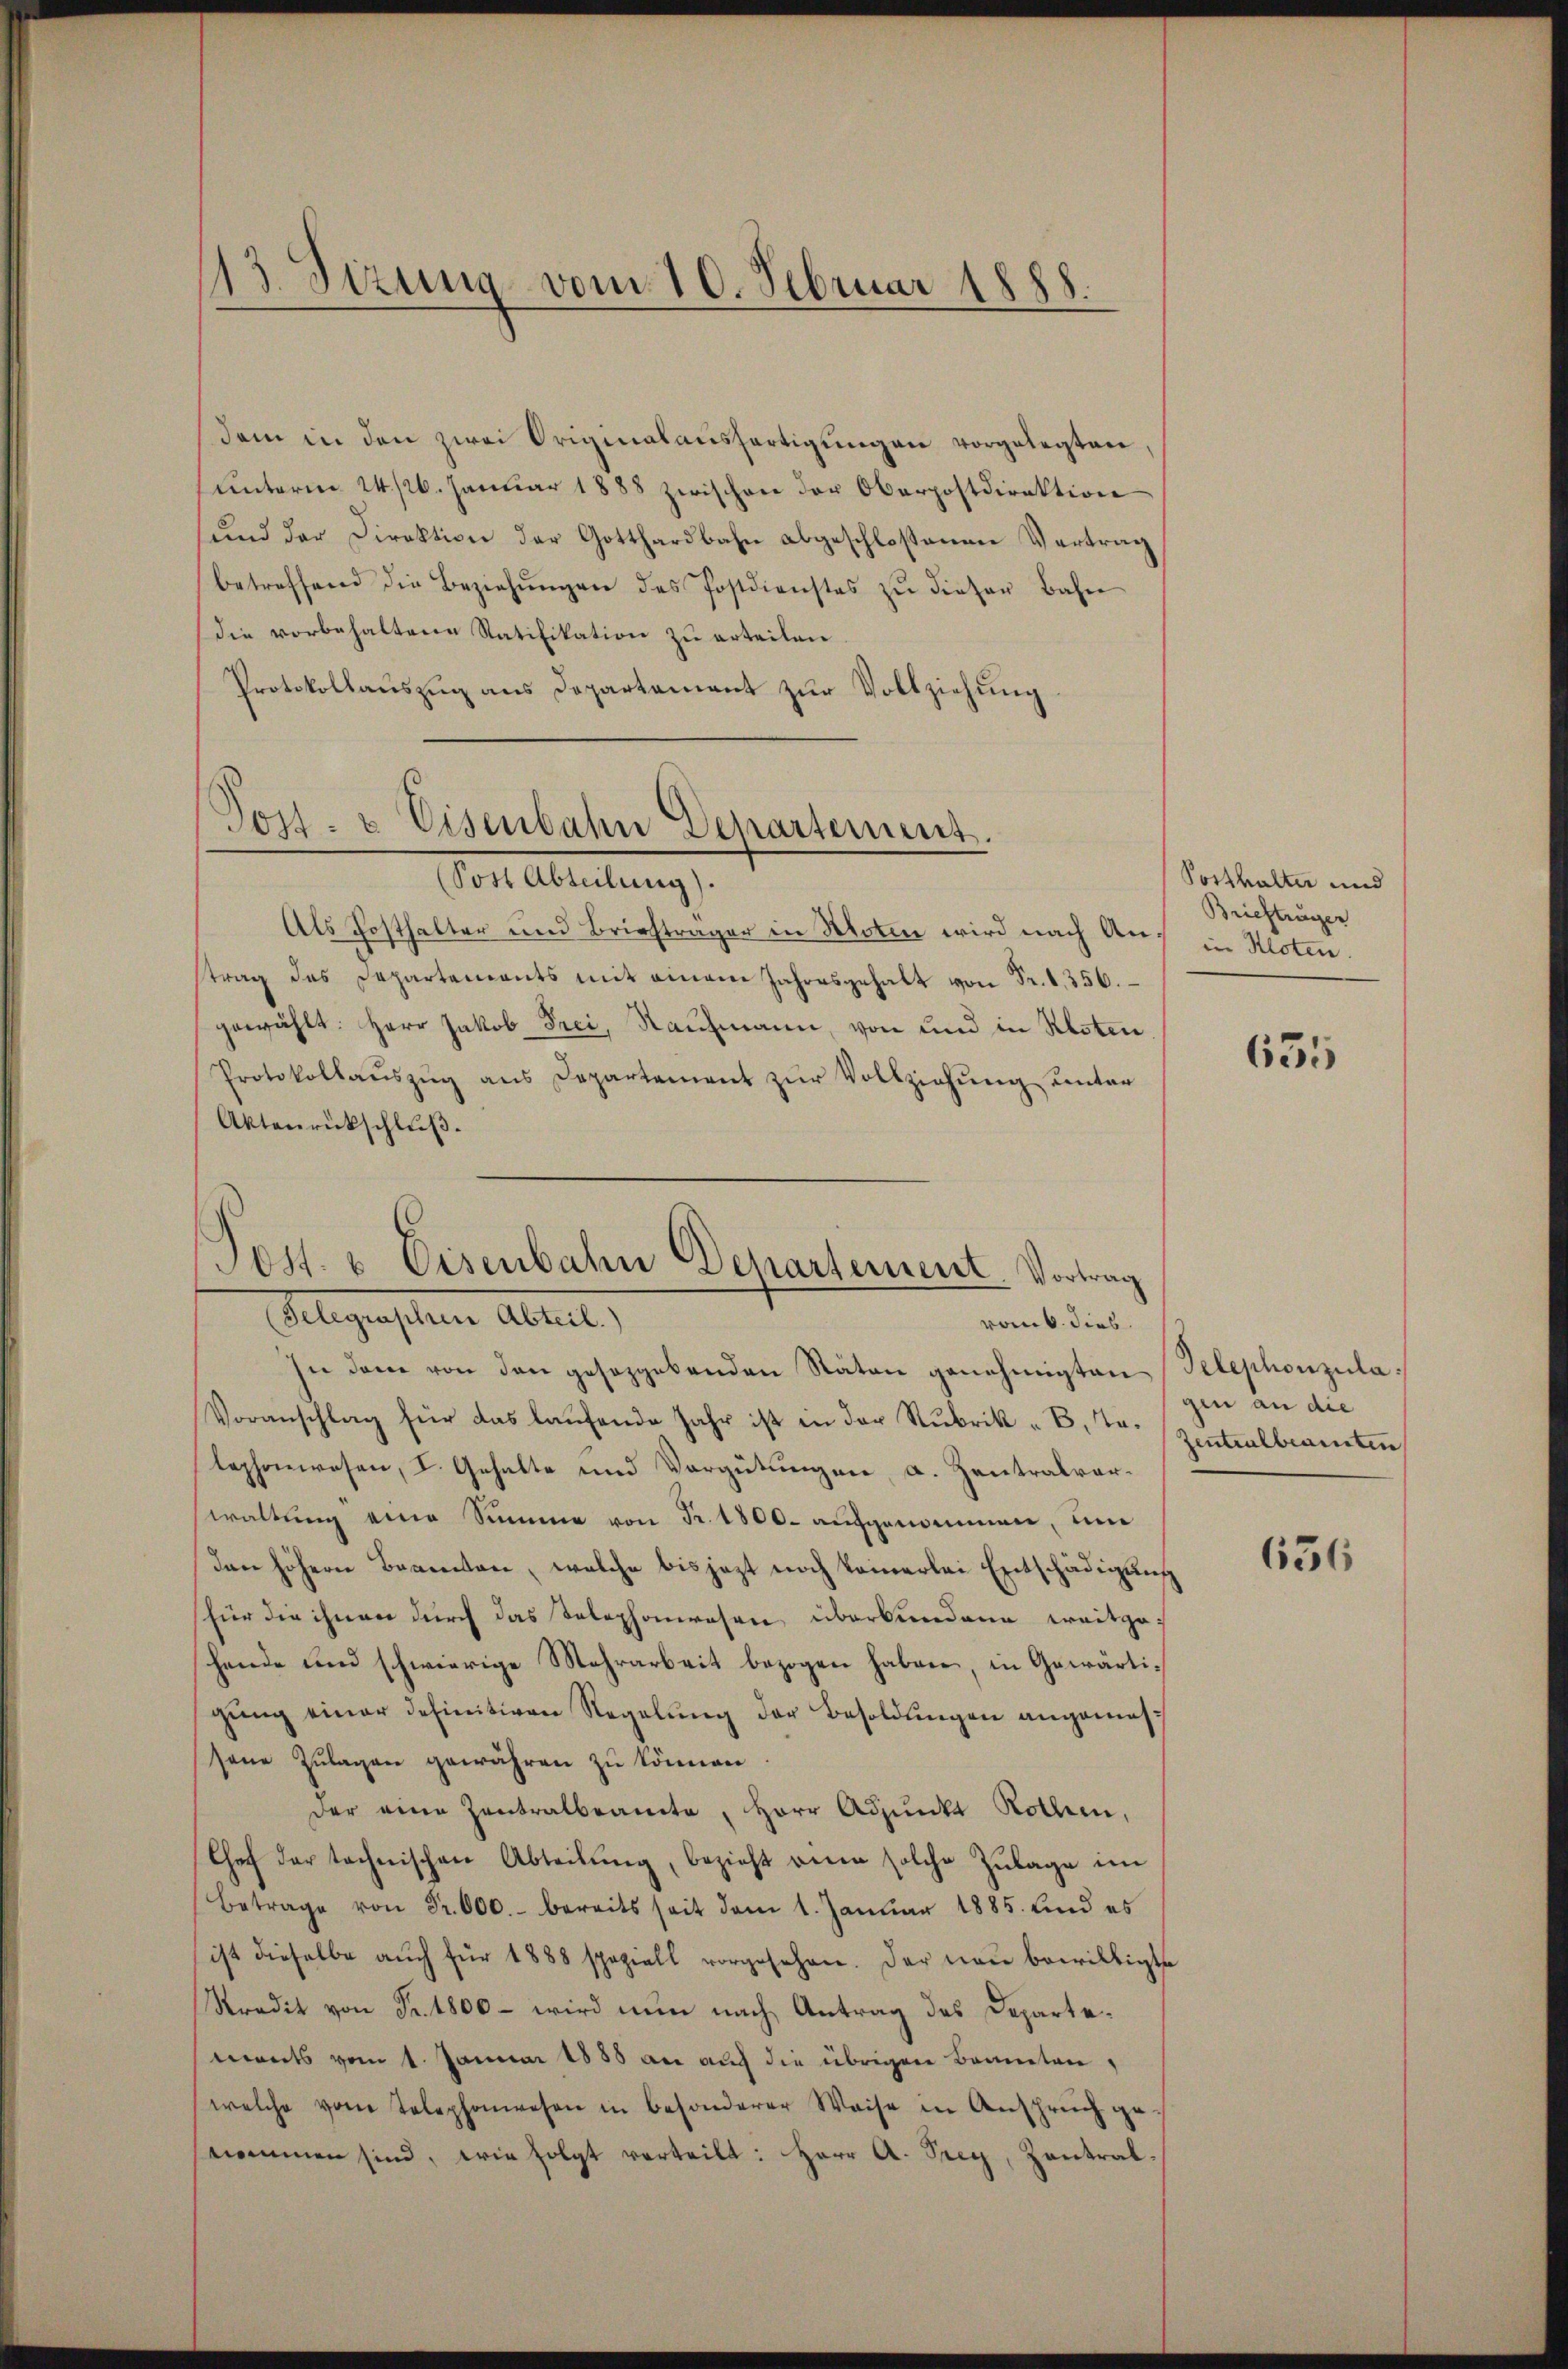
13. Sizung vom 10. Februar 1888.

dem in den zwei Originalansfertigŭngen vorgelegten
unterm 24. 126. Januar 1888 zwischen der Oberpostdirektion
und der Direktion der Gotthardbahn abgeschlossenen Vertrag
betreffend die Beziehŭngen des Postdienstes zŭ dieser Bahn
die vorbehaltene Ratifikation zu erteilen.
Protokollauszug aus Departement zur Vollziehung
Post- u Eisenbahn Departement.
Sost Abteilung).
Als Posthalter und Briefträger in Noten wird nach Aus in Kloten.
strag des Departements mit einem Jahresgehalt von Fr. 1. 356.
gewählt: Herr Jakob Frei, Raufmann, von und in Resten
Protokollaŭszŭg ans Departement zŭr Vollziehŭng ŭnter
Aktenrückschluß.

Tott. u. Eisenbahn Departement. Vortrag
(Telegraphen Abteil.)
vom 6. dies

In dem von den gesetzgebenden Räten genehmigten Telephonzula¬
Voranschlag für das laufende Jahr ist in der Stubrik „B. tr. Zentralbeamtun
lephonwesen, I. Gehalte und Vergütungen, a. Zentralverwaltŭng eine Summe von Fr. 1800. aufgenommen, un
den höhern Beamten, welche bis jezt noch keinerlei Entschädigung
(für die ihnen durch das Telephonwesen überkundene weitgehende und schwierige Mehrarbeit bezogen haben, in Gewärtigŭng einer definitiven Regelung der Besoldungen angemessene Zulagen gewähren zu können.
der eine Zentralbeamte, Herr Adjunkt Rollen,
Chef der technischen Abteilŭng, bezieht ein solche Zulage im
Betrage von Fr. 600. bereits seit dem 1. Janŭar 1885. Und es
ist dieselbe aŭch für 1888 speziell vorgesehen. Der neu bewilligte
Stradit von Fr. 1800 - wird nun nach Antrag des Departemonts vom 1. Januar 1885 an auch die übrigen Bannten,
welche vom Telephonwesen in besonderer Weise in Anspruch ge-
nommen sind, wie folgt verteilt: Herr A. Frey, Zantral-

Posthalter und
Brieftrüger

635

gin an die

656